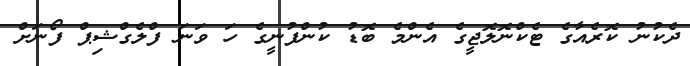
ދެކުނު ކޮރެއާގެ ޓެކްނޮލޮޖީގެ އެންމެ ބޮޑު ކުންފުނީގެ ހަ ވަނަ ފްލެގްޝިޕް ފޯނަށް